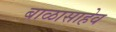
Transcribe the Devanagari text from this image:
बाळासाहेव